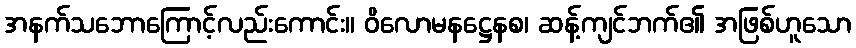
အနက်သဘောကြောင့်လည်းကောင်း။ ဝိလောမနဋ္ဌေနစ၊ ဆန့်ကျင်ဘက်၏ အဖြစ်ဟူသော